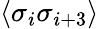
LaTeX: \langle\sigma_{i}\sigma_{i+3}\rangle